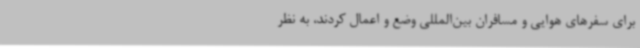
برای سفرهای هوایی و مسافران بین‌المللی وضع و اعمال کردند، به نظر